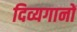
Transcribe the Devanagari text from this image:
दिव्यगानों